Scottish Leaving Certificate Examination, 1960
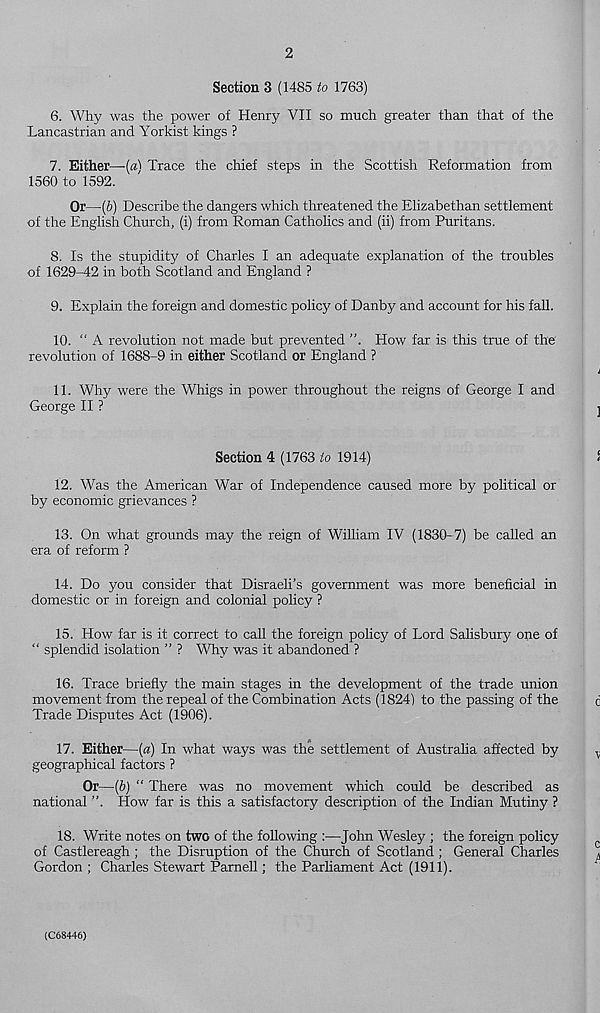
2
Section 3 (1485 to 1763)
6. Why was the power of Henry VII so much greater than that of the
Lancastrian and Yorkist kings ?
7. Either—-{a) Trace the chief steps in the Scottish Reformation from
1560 to 1592.
Or—(6) Describe the dangers which threatened the Elizabethan settlement
of the English Church, (i) from Roman Catholics and (ii) from Puritans.
8. Is the stupidity of Charles I an adequate explanation of the troubles
of 1629-42 in both Scotland and England ?
9. Explain the foreign and domestic policy of Danby and account for his fall.
10. “ A revolution not made but prevented ”. How far is this true of the
revolution of 1688-9 in either Scotland or England ?
11. Why were the Whigs in power throughout the reigns of George I and
George II ?
Section 4 (1763 to 1914)
1
12. Was the American War of Independence caused more by political or
by economic grievances ?
13. On what grounds may the reign of William IV (1830-7) be called an
era of reform ?
14. Do you consider that Disraeli’s government was more beneficial in
domestic or in foreign and colonial policy ?
15. How far is it correct to call the foreign policy of Lord Salisbury one of
“ splendid isolation ” ? Why was it abandoned ?
16. Trace briefly the main stages in the development of the trade union
movement from the repeal of the Combination Acts (1824) to the passing of the
d
Trade Disputes Act (1906).
17. Either—(«) In what ways was the settlement of Australia affected by
^
geographical factors ?
Or—(&) “ There was no movement which could be described as
national
How far is this a satisfactory description of the Indian Mutiny ?
18. Write notes on two of the following :—John Wesley ; the foreign policy
c
of Castlereagh ; the Disruption of the Church of Scotland ; General Charles
^
Gordon ; Charles Stewart Parnell; the Parliament Act (1911).
(C68446)